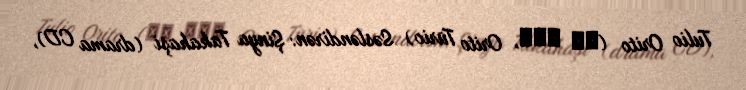
Tulio Orito (織戸 闘莉王, Orito Tūrio) Səsləndirən: Şinya Takahaşi (drama CD),